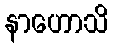
နာဟောသိ